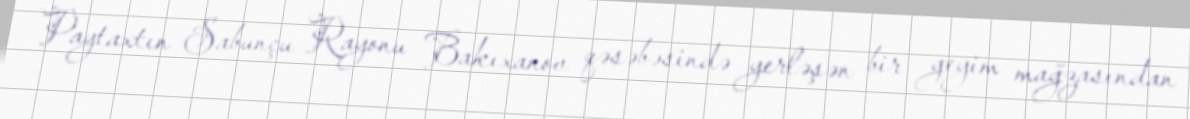
Paytaxtın Sabunçu Rayonu Bakıxanov qəsəbəsində yerləşən bir geyim mağzasından